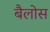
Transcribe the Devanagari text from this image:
बैलोस